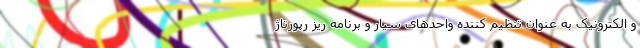
و الکترونیک به عنوان تنظیم کننده واحدهای سیار و برنامه ریز رپورتاژ